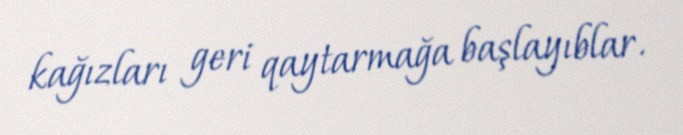
kağızları geri qaytarmağa başlayıblar.